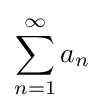
\sum \limits _{n=1}^{\infty }a_{n}